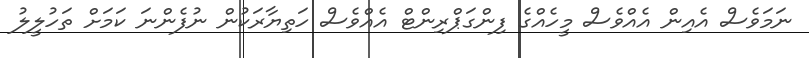
ނަމަވެސް އެއިން އެއްވެސް މީހެއްގެ ފިންގަޕްރިންޓް އެއްވެސް ހަތިޔާރަކުން ނުފެންނަ ކަމަށް ތަހުލީލު